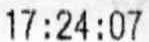
17:24:07